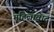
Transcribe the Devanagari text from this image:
महिलावाद